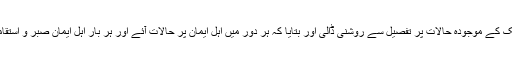
بعد ازاں بورڈکے سکریٹری مولانا محمد عمرین محفوظ رحمانی نے ملک کے موجودہ حالات پر تفصیل سے روشنی ڈالی اور بتایا کہ ہر دور میں اہل ایمان پر حالات آئے اور ہر بار اہل ایمان صبر و استقامت اور قربانیوں کے ذریعے ان حالات پر قابو پانے میں کامیاب ہوئے۔